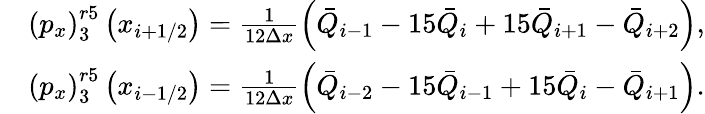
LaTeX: \begin{array}{rl}&{\left({{p}_{x}}\right)_{3}^{r5}\left({{x}_{i+1/2}}\right)=\frac{1}{12\Delta x}\left({{{\bar{Q}}}_{i-1}}-15{{{\bar{Q}}}_{i}}+15{{{\bar{Q}}}_{i+1}}-{{{\bar{Q}}}_{i+2}}\right),}\\ &{\left({{p}_{x}}\right)_{3}^{r5}\left({{x}_{i-1/2}}\right)=\frac{1}{12\Delta x}\left({{{\bar{Q}}}_{i-2}}-15{{{\bar{Q}}}_{i-1}}+15{{{\bar{Q}}}_{i}}-{{{\bar{Q}}}_{i+1}}\right).}\end{array}